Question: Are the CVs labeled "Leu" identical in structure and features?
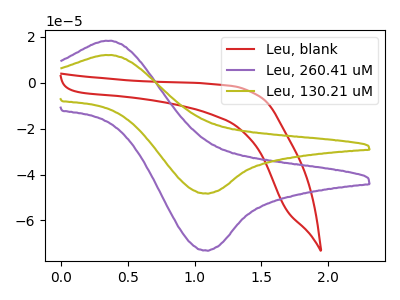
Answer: <think>The red curve "Leu, blank" has no peaks. The purple curve "Leu, 260.41 uM" has an anodic peak at (0.40V, 18.25uA) and a cathodic peak at (1.10V, -73.05uA). The olive curve "Leu, 130.21 uM" has an anodic peak at (0.40V, 12.05uA) and a cathodic peak at (1.10V, -48.20uA).
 "Leu, blank" and "Leu, 260.41 uM" have a different number of peaks. "Leu, blank" and "Leu, 130.21 uM" have a different number of peaks. All the peaks in "Leu, 260.41 uM" have a peak in "Leu, 130.21 uM" at the same potential. Every peak in "Leu, 260.41 uM" is higher than every peak in "Leu, 130.21 uM".</think>
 <answer>All the CV's of "Leu" have similar shape.</answer>
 <eval>follow_rule</eval>